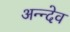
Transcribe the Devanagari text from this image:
अन्न्देव